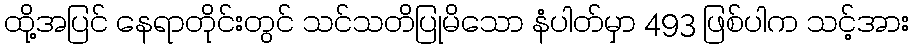
ထို့အပြင် နေရာတိုင်းတွင် သင်သတိပြုမိသော နံပါတ်မှာ 493 ဖြစ်ပါက သင့်အား